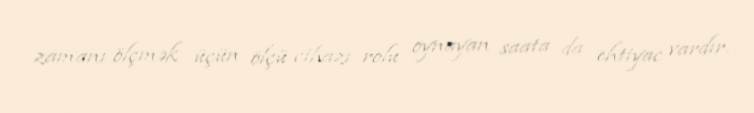
zamanı ölçmək üçün ölçü cihazı rolu oynayan saata da ehtiyac vardır.